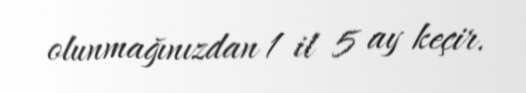
olunmağınızdan 1 il 5 ay keçir.